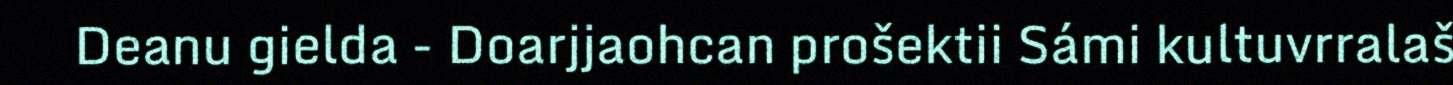
Deanu gielda - Doarjjaohcan prošektii Sámi kultuvrralaš